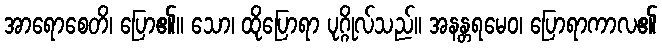
အာရောစေတိ၊ ပြော၏။ သော၊ ထိုပြောရာ ပုဂ္ဂိုလ်သည်။ အနန္တရမေဝ၊ ပြောရာကာလ၏